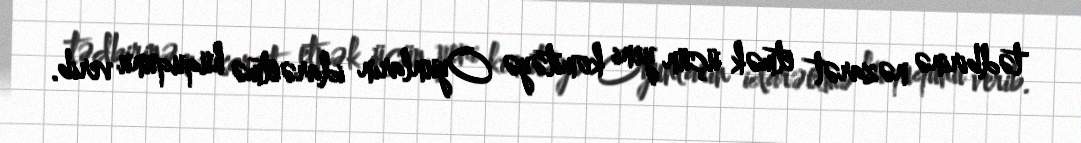
tədbirinə nəzarət etmək üçün yeni komitəyə Oyunların idarəetmə hüququnu verib.